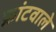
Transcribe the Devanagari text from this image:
फ्रांटवाले